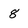
Character: 8